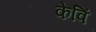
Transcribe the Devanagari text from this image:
केविं